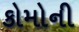
કોમોની